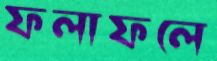
ফলাফলে